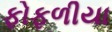
ફોફળીયા